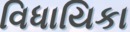
વિધાયિકા